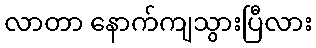
လာတာ နောက်ကျသွားပြီလား